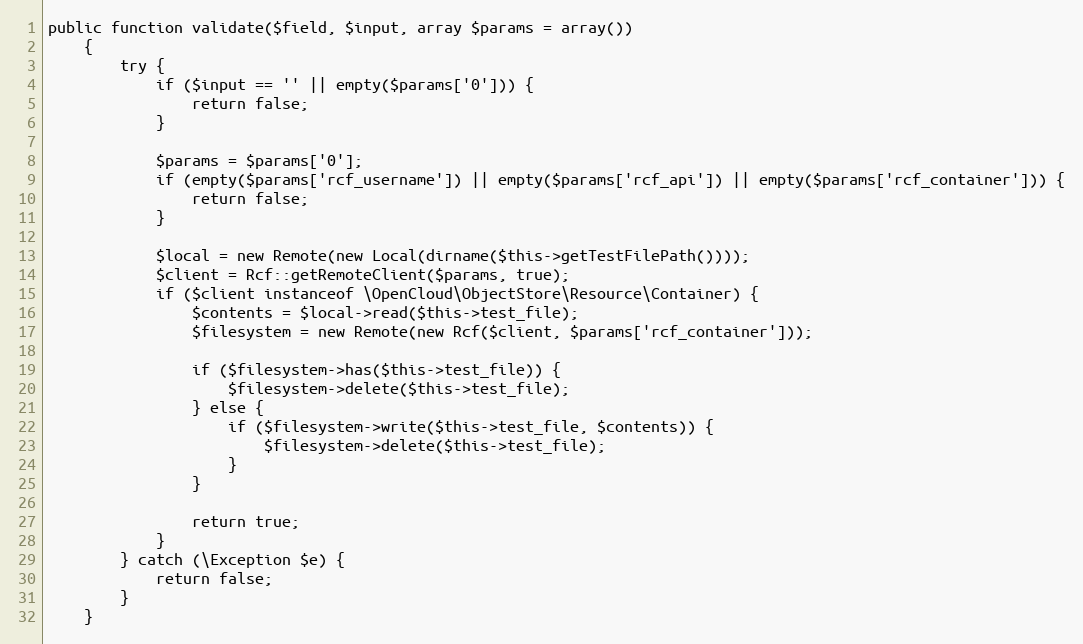
Language: PHP
public function validate($field, $input, array $params = array())
    {
        try {
            if ($input == '' || empty($params['0'])) {
                return false;
            }

            $params = $params['0'];
            if (empty($params['rcf_username']) || empty($params['rcf_api']) || empty($params['rcf_container'])) {
                return false;
            }

            $local = new Remote(new Local(dirname($this->getTestFilePath())));
            $client = Rcf::getRemoteClient($params, true);
            if ($client instanceof \OpenCloud\ObjectStore\Resource\Container) {
                $contents = $local->read($this->test_file);
                $filesystem = new Remote(new Rcf($client, $params['rcf_container']));

                if ($filesystem->has($this->test_file)) {
                    $filesystem->delete($this->test_file);
                } else {
                    if ($filesystem->write($this->test_file, $contents)) {
                        $filesystem->delete($this->test_file);
                    }
                }

                return true;
            }
        } catch (\Exception $e) {
            return false;
        }
    }